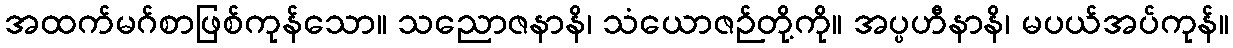
အထက်မဂ်စာဖြစ်ကုန်သော။ သညောဇနာနိ၊ သံယောဇဉ်တို့ကို။ အပ္ပဟီနာနိ၊ မပယ်အပ်ကုန်။